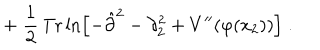
LaTeX: + \; \frac { 1 } { 2 } \, \mathrm { T r } \ln \left[ - \hat { \partial } ^ { 2 } - \partial _ { 2 } ^ { 2 } + V ^ { \prime \prime } ( \varphi ( x _ { 2 } ) ) \right] \; .